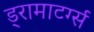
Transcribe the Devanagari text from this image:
ड्रामाटर्ग्स